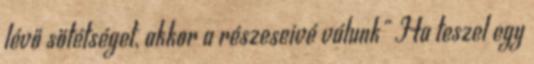
lévő sötétséget, akkor a részeseivé válunk" Ha teszel egy